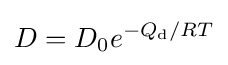
D=D_{0}e^{-Q_{\text{d}}/RT}